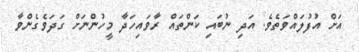
އަށް އުފުލައްވަތެވެ. އަދި ނުބައި ކަންތައް ރާވައިހަދާ މީހުންނަށް ގަދަވެގެންވާ